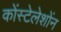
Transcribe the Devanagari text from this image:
कोंस्टेलेशोंन